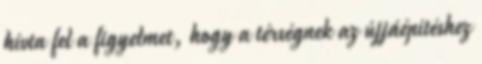
hívta fel a figyelmet, hogy a térségnek az újjáépítéshez